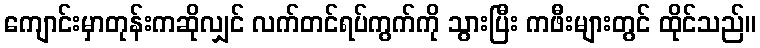
ကျောင်းမှာတုန်းကဆိုလျှင် လက်တင်ရပ်ကွက်ကို သွားပြီး ကဖီးများတွင် ထိုင်သည်။